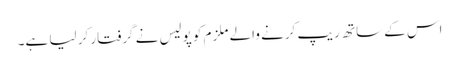
اس کے ساتھ ریپ کرنے والے ملزم کو پولیس نے گرفتار کر لیا ہے۔